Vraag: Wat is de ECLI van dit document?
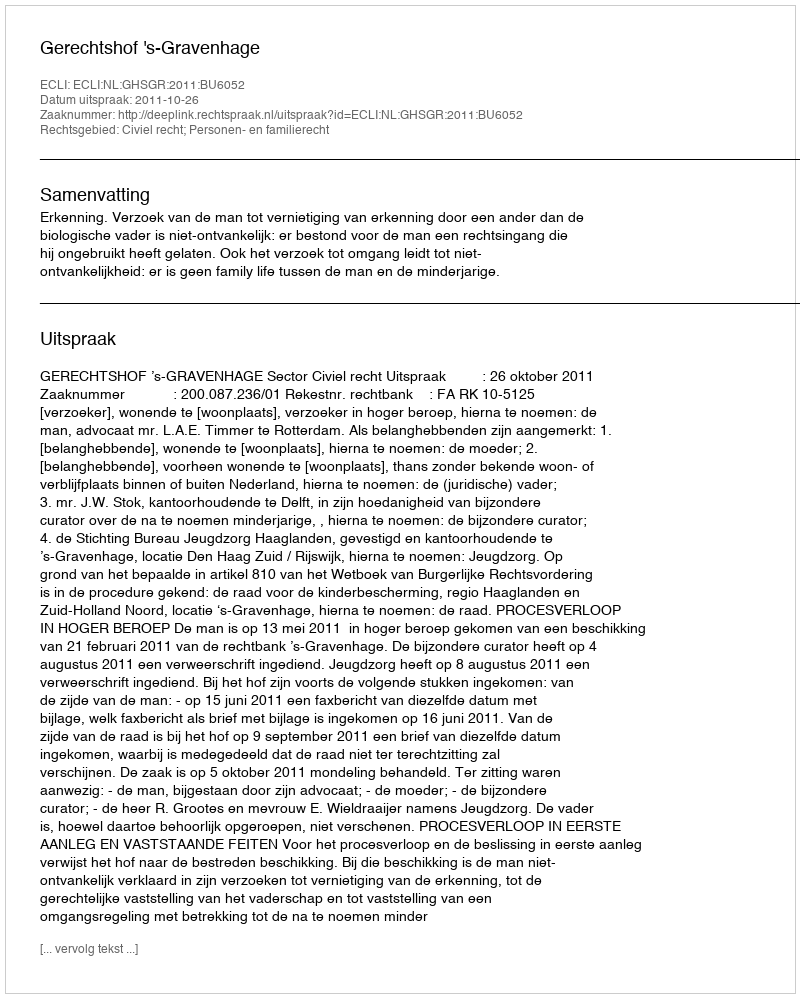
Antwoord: ECLI:NL:GHSGR:2011:BU6052